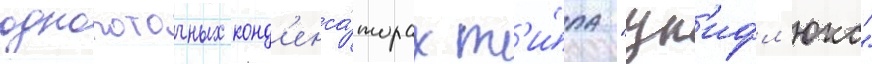
однопоточных конд'енса́торах т'и́па "ун'ифл'юкс"